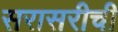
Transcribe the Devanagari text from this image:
सरासरीची